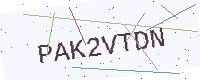
Text: PAK2VTDN